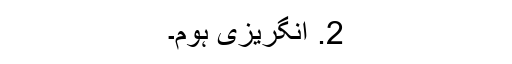
2. انگریزی ہوم۔